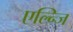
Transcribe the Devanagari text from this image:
एल्न्जि